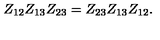
Z _ { 1 2 } Z _ { 1 3 } Z _ { 2 3 } = Z _ { 2 3 } Z _ { 1 3 } Z _ { 1 2 } .